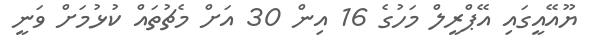
ޔޫއޭއީގައި އޭޕްރީލް މަހުގެ 16 އިން 30 އަށް މެޗުތައް ކުޅުމަށް ވަނީ